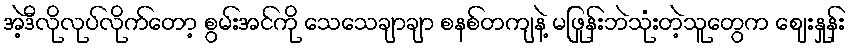
အဲ့ဒီလိုလုပ်လိုက်တော့ စွမ်းအင်ကို သေသေချာချာ စနစ်တကျနဲ့ မဖြုန်းဘဲသုံးတဲ့သူတွေက ဈေးနှုန်း